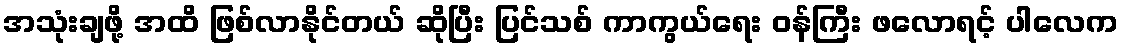
အသုံးချဖို့ အထိ ဖြစ်လာနိုင်တယ် ဆိုပြီး ပြင်သစ် ကာကွယ်ရေး ဝန်ကြီး ဖလောရင့် ပါလေက